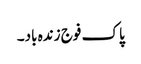
پاک فوج زندہ باد۔